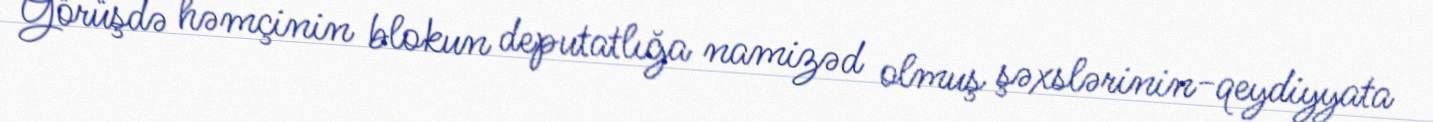
Görüşdə həmçinin blokun deputatlığa namizəd olmuş şəxslərinin-qeydiyyata